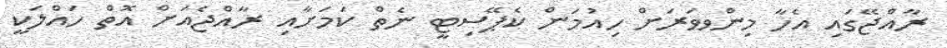
ރާއްޖޭގައި އެހާ މިންވވަރަށް ހިއުމަން ކެޕޭސިޓީ ނެތް ކަމަށާއި ރާއްޖެއަށް އޮތް ހައްލަކީ